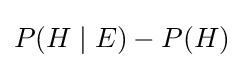
P(H\mid E)-P(H)